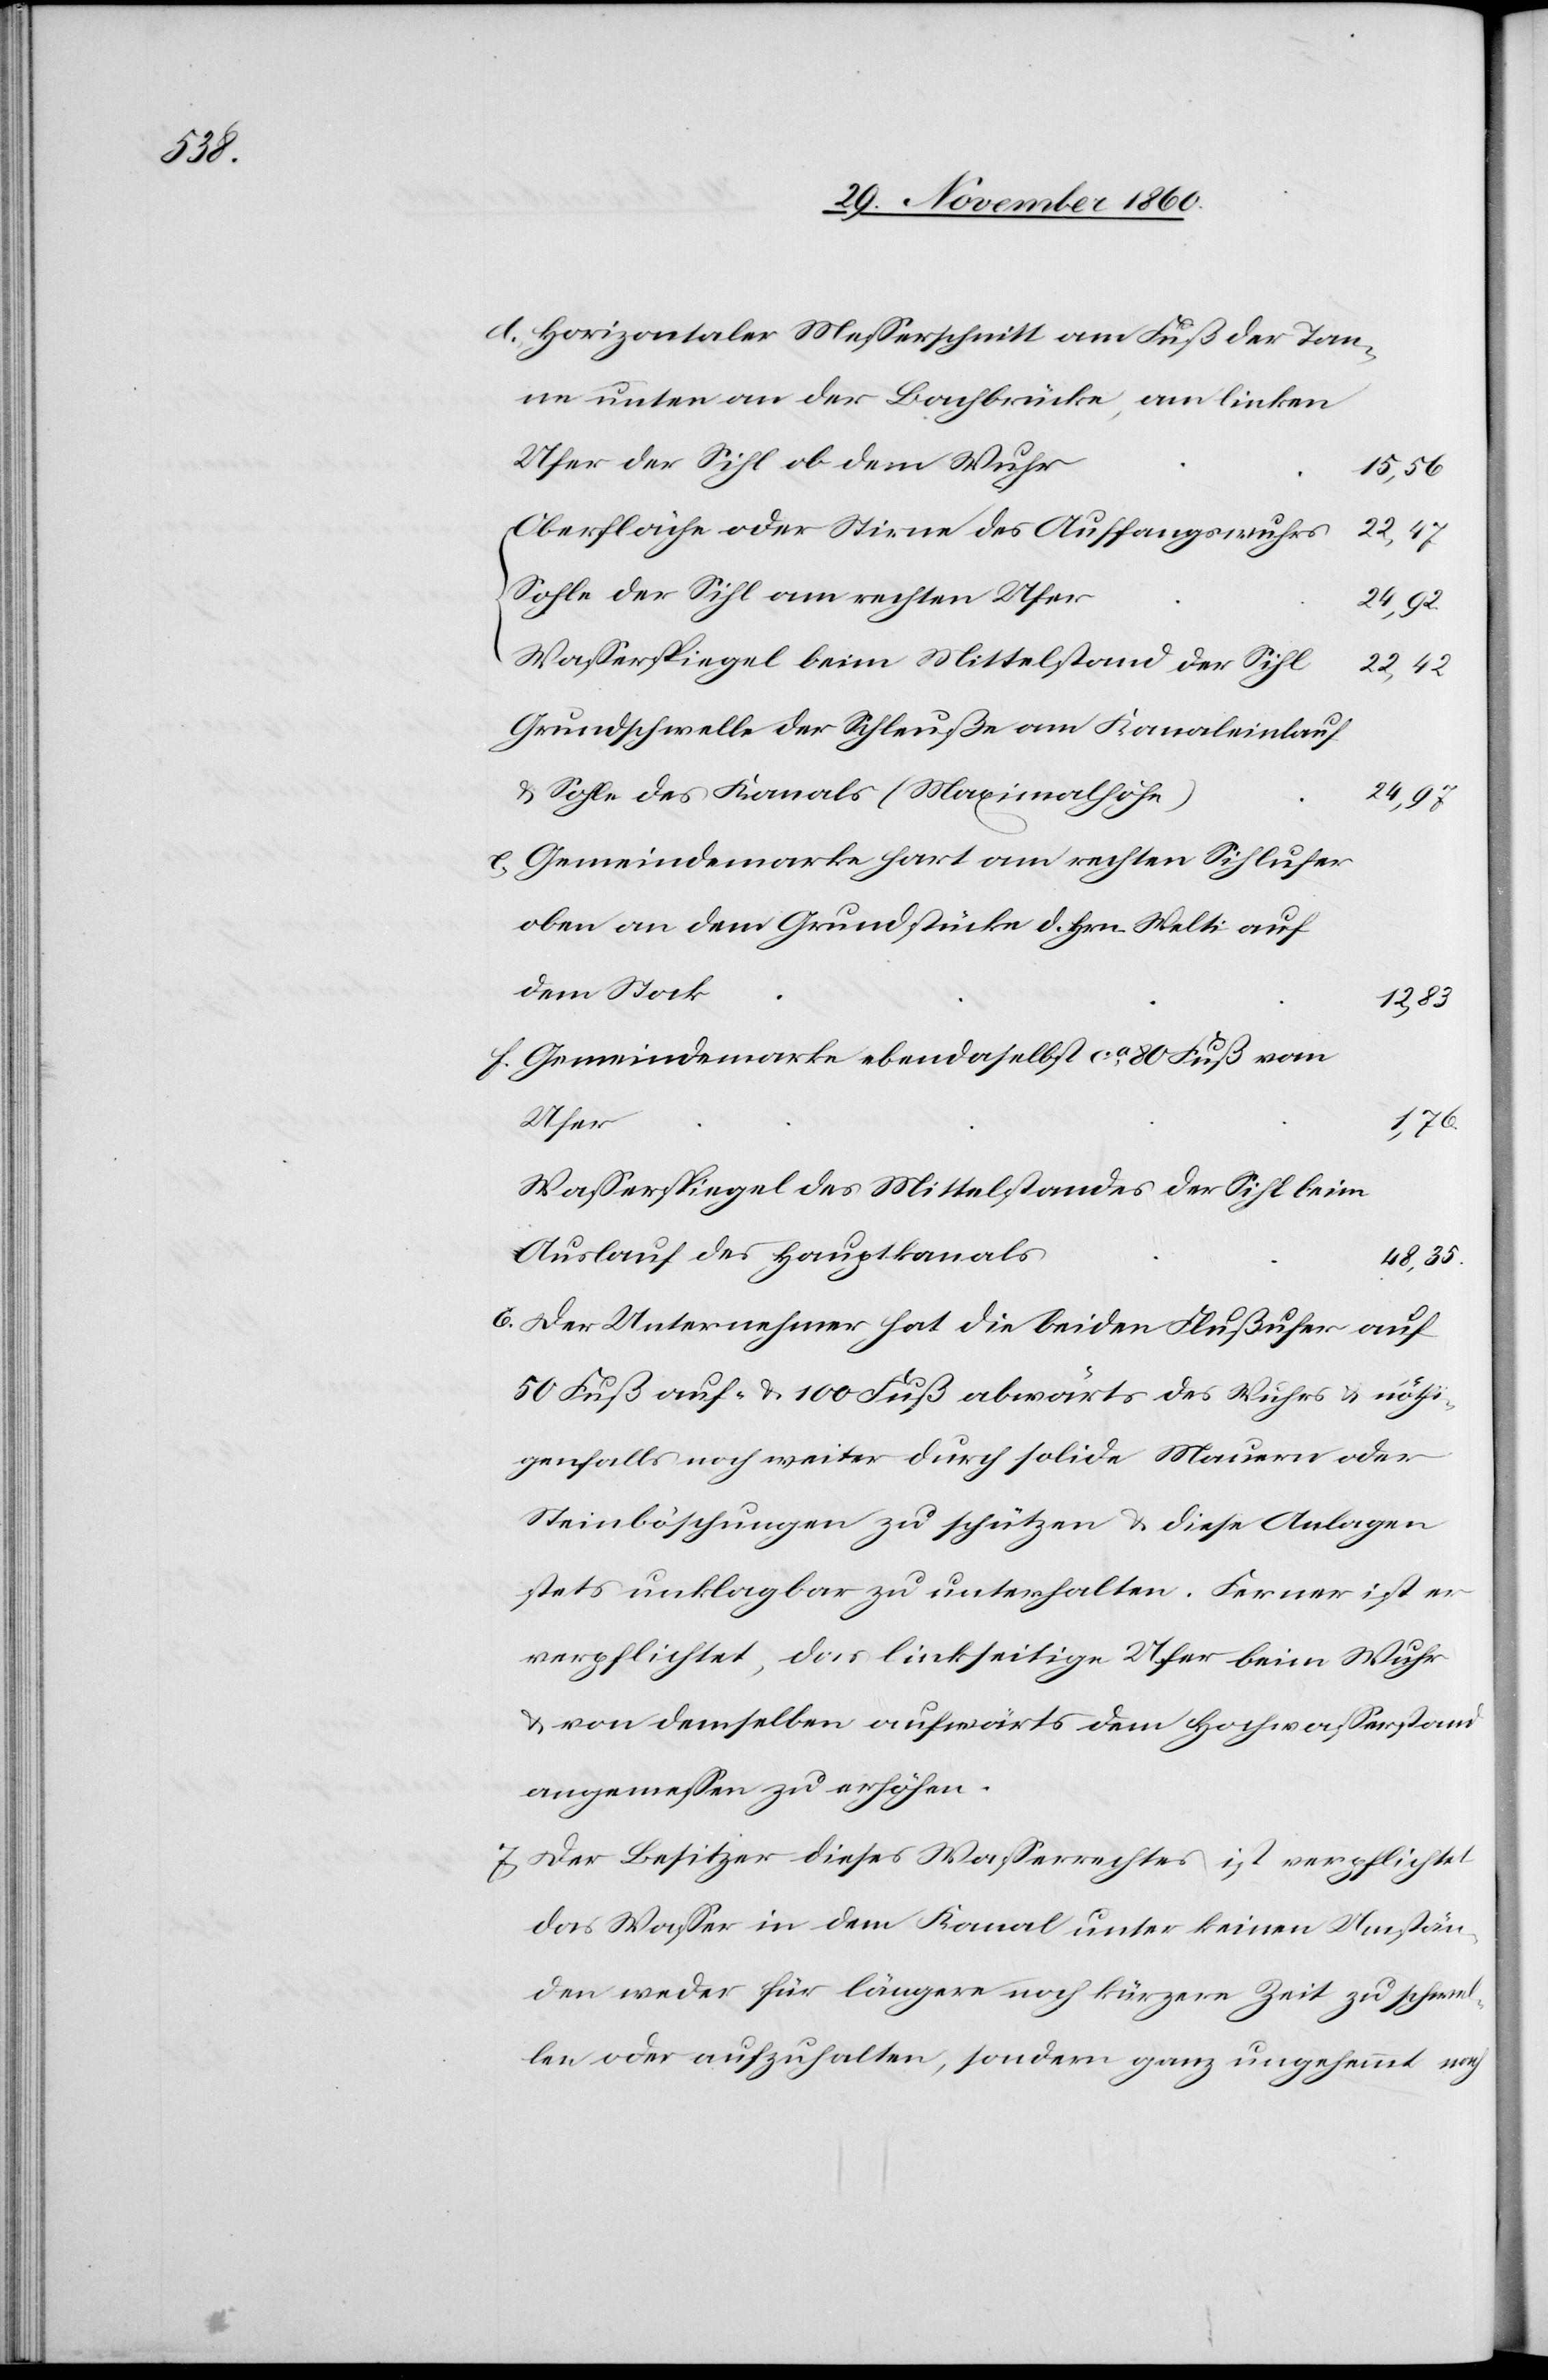
d. Horizontaler Messerschnitt am Fuß der Tan¬
ne unten an der Bachbrücke, am linken
Ufer der Sihl ob dem Ufer
15,56
Oberfläche oder Stirne des Auffangswuhres
22,47
Sohle der Sihl am rechten Ufer
24,92
Wasserspiegel beim Mittelstand der Sihl
22,42
Grundschwelle der Schleuße am Kanaleinlauf
u. Sohle des Kanals (Maximalhöhe)
24,97
e. Gemeindemarke hart am rechten Sihlufer
oben an dem Grundstücke d. Hrn. Welti auf
dem Stock
12,83
f. Gemeindemarke ebendaselbst ca 80 Fuß vom
Ufer
1,76
Wasserspiegel des Mittelstandes der Sihl beim
Auslauf des Hauptkanals
48,35
6. Der Unternehmer hat die beiden Flußufer auf
50 Fuß auf- u. 100 Fuß abwärts des Wuhres u. nöthi¬
genfalls noch weiter durch solide Mauern oder
Steinböschungen zu schützen u. diese Anlagen
stets unklagbar zu unterhalten. Ferner ist er
verpflichtet, das linkseitige Ufer beim Wuhr
u. von demselben aufwärts dem Hochwasserstand
angemessen zu erhöhen.
7. Der Besitzer dieses Wasserrechtes ist verpflichtet
das Wasser in dem Kanal unter keinen Umstän¬
den weder für längere noch kürzere Zeit zu schwel¬
len oder aufzuhalten, sondern ganz ungehemmt nach